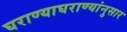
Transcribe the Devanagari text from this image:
घराण्याघराण्यांनुसार